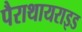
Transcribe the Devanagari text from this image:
पैराथायराइड